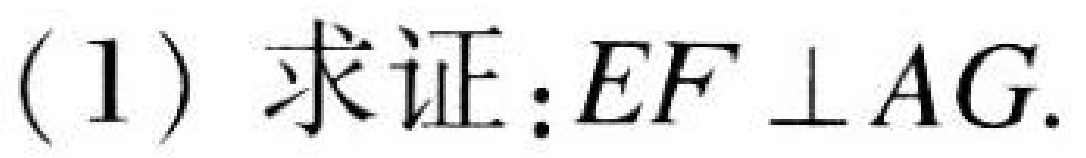
(1) 求证：\(EF\perp AG\).